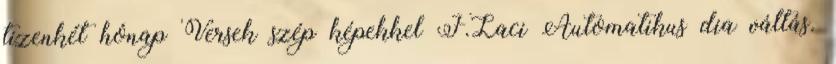
tizenkét hónap Versek szép képekkel F.Laci Automatikus dia váltás.